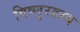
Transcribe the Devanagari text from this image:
विष्णुरहस्य